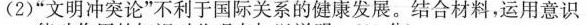
(2)”文明冲突论”不利于国际关系的健康发展。结合材料，运用意识